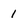
Character: 1